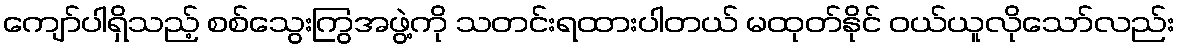
ကျော်ပါရှိသည့် စစ်သွေးကြွအဖွဲ့ကို သတင်းရထားပါတယ် မထုတ်နိုင် ဝယ်ယူလိုသော်လည်း